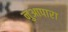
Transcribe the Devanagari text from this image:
नुआपारा